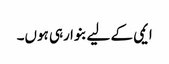
ایمی کے لیے بنوا رہی ہوں۔